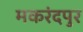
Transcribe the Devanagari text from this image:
मकरंदपुर